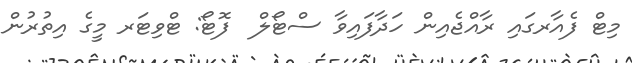
މިޓް ފެއާރގައި ރާއްޖެއިން ހަދާފައިވާ ސްޓޯލް  ފޮޓޯ: ޓްވިޓަރ މީގެ އިތުރުން